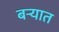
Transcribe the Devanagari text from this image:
बऱ्यात